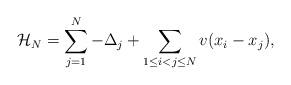
LaTeX: \begin{align*}\mathcal H_N = \sum_{j=1}^N - \Delta_j + \sum_{1 \leq i < j \leq N} v(x_i-x_j), \end{align*}